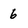
Character: 6